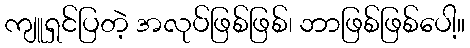
ကျူရှင်ပြတဲ့ အလုပ်ဖြစ်ဖြစ်၊ ဘာဖြစ်ဖြစ်ပေါ့။